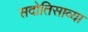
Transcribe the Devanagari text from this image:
सदोतिसाव्या